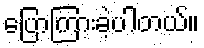
ပြောကြားခဲ့ပါတယ်။